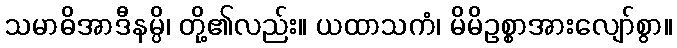
သမာဓိအာဒီနမ္ပိ၊ တို့၏လည်း။ ယထာသကံ၊ မိမိဥစ္စာအားလျော်စွာ။